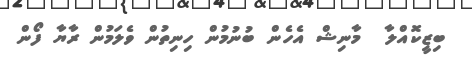
ބިޒީކޮއްލާ  މާނިޝް އެހެން ބުނުމުން ހިނިތުން ވެލަމުން ރާޔާ ފޯން